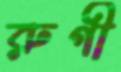
রুগী